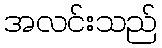
အလင်းသည်